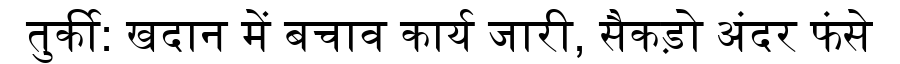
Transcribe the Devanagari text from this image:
तुर्की: खदान में बचाव कार्य जारी, सैकड़ो अंदर फंसे